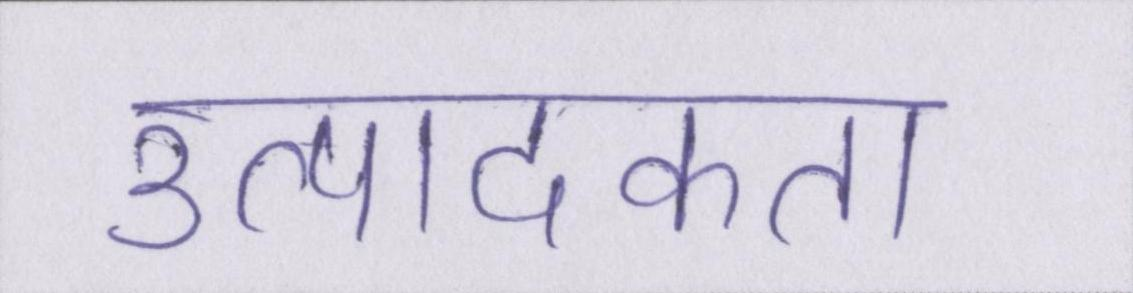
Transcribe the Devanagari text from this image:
उत्पादकता